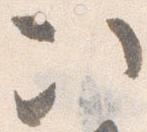
次